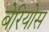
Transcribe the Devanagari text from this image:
बेरियोस